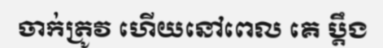
ចាក់ត្រូវ ហើយនៅពេល គេ ប្តឹង